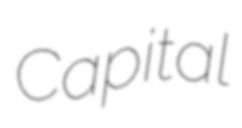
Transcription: Capital